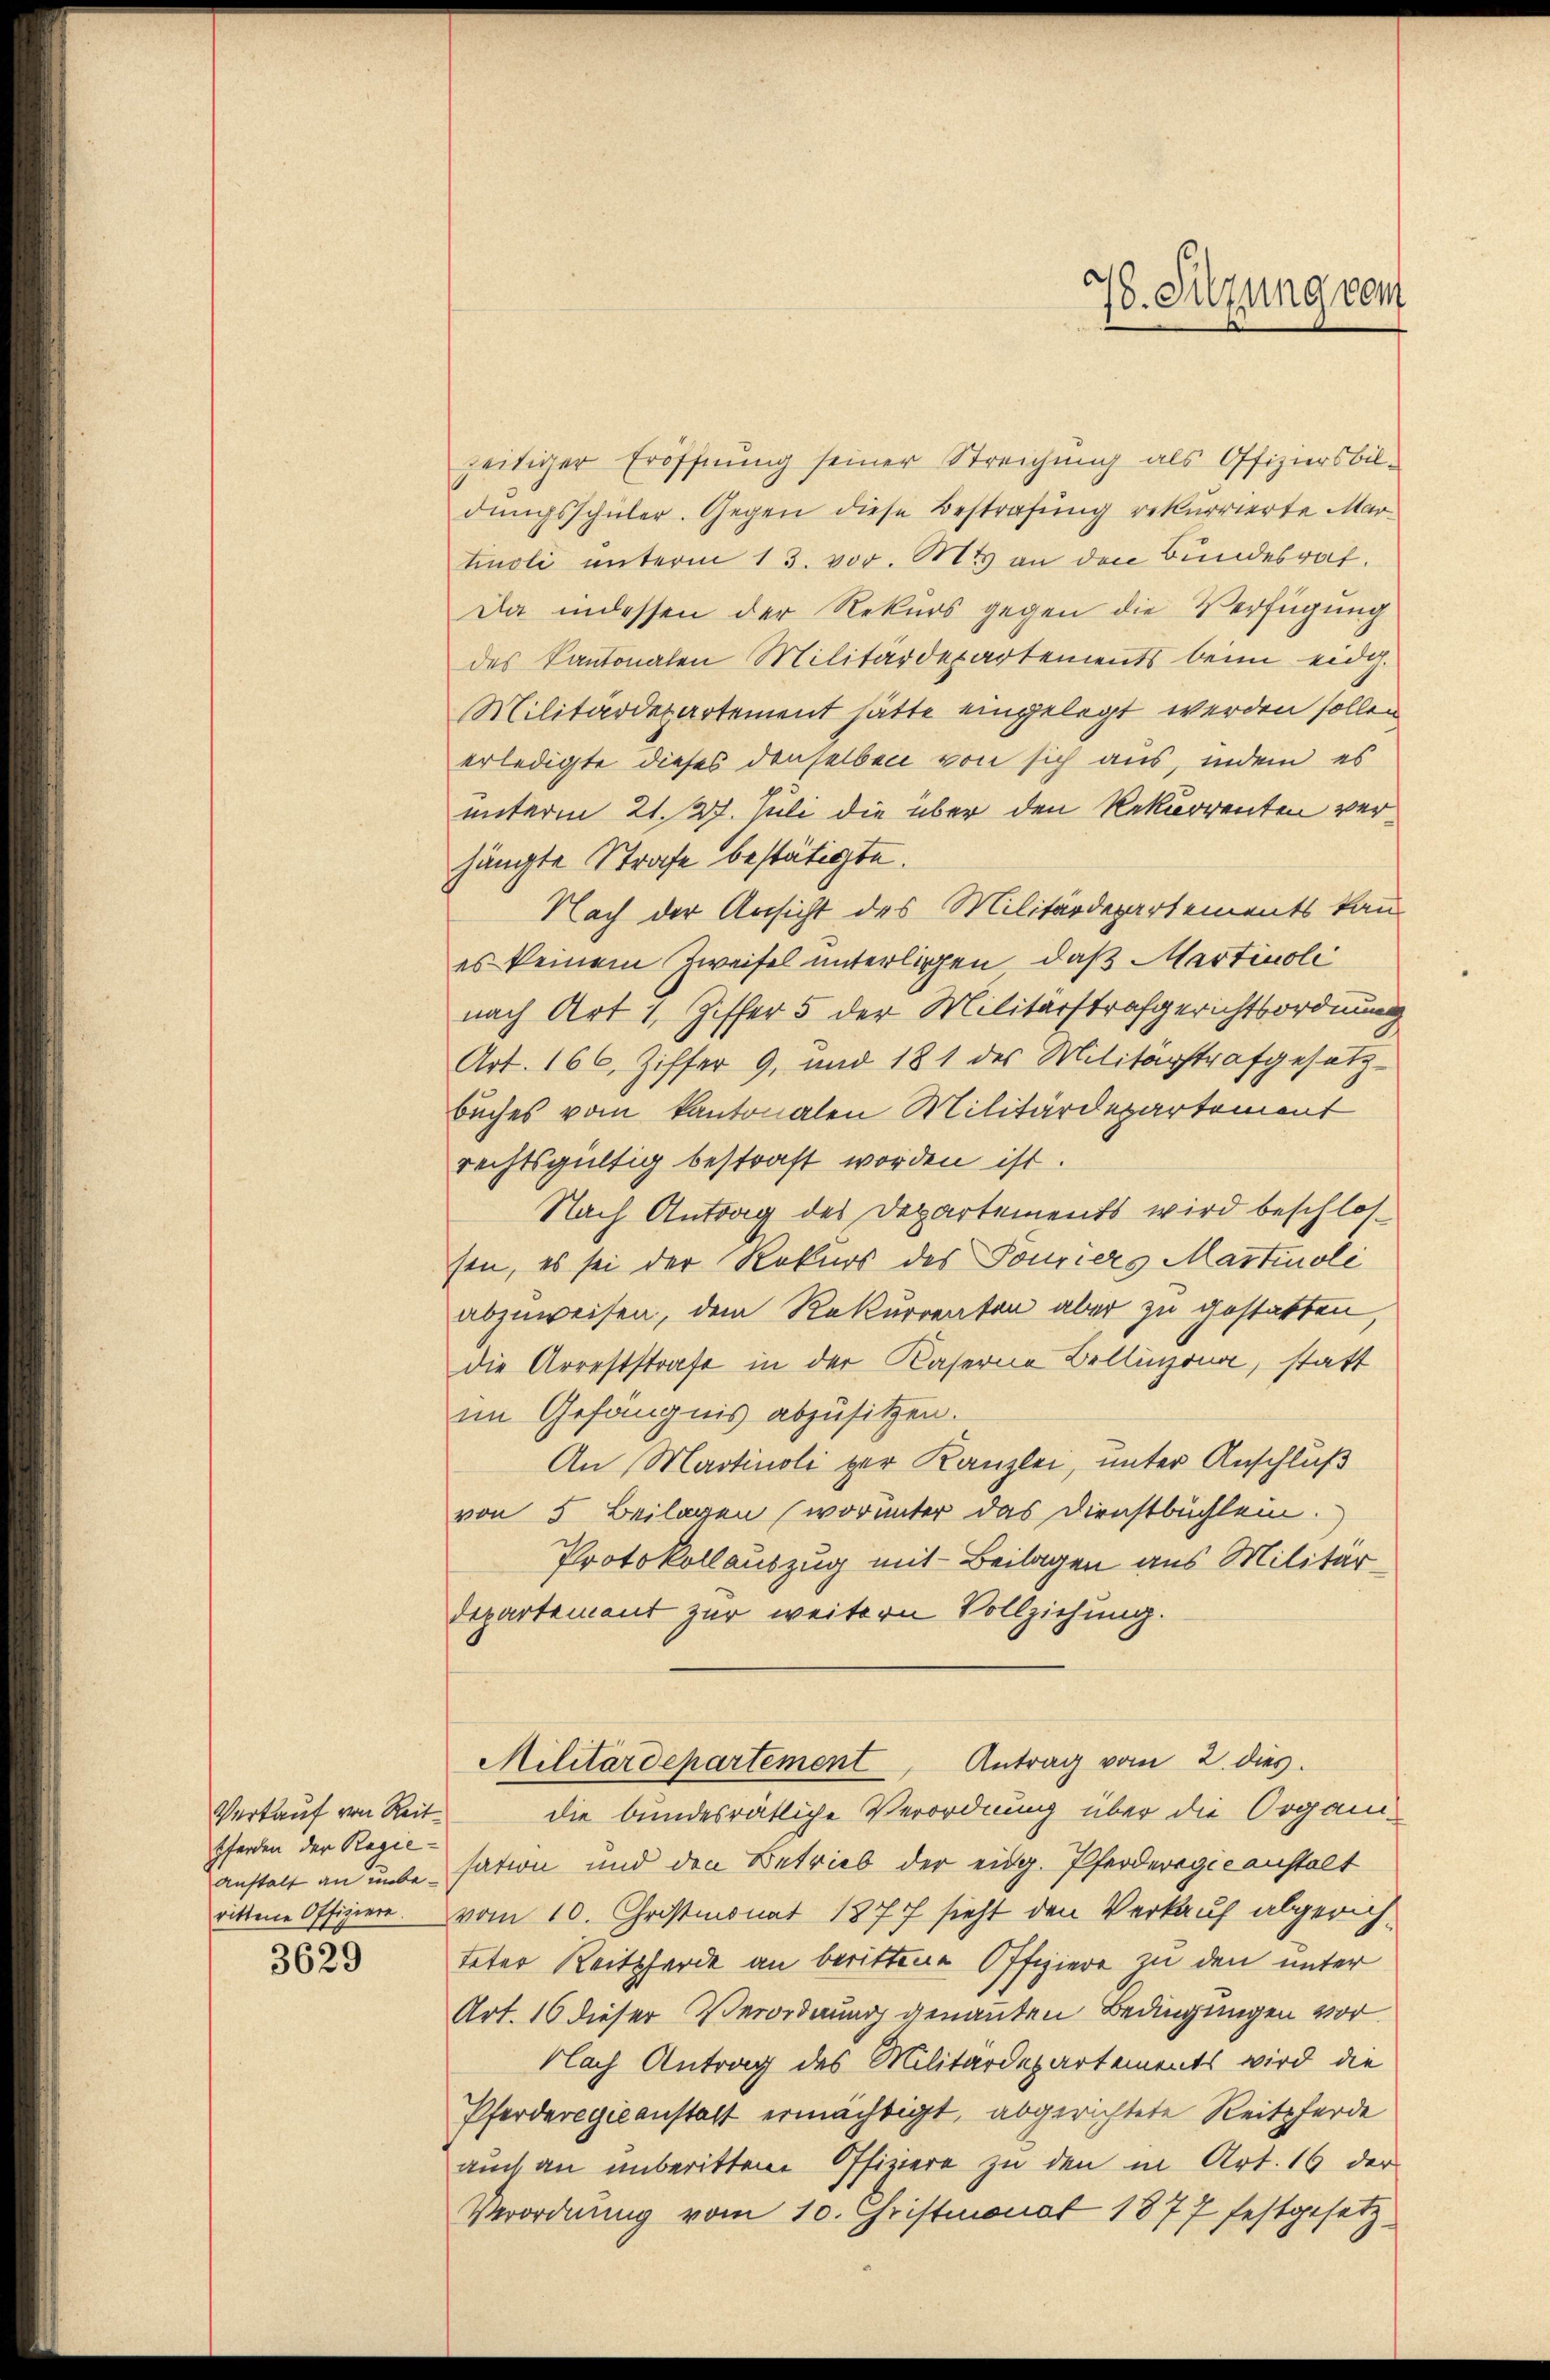
Verkauf von Reit¬
Pferden der Regierittene Offiziere.

3629

zeitiger Eröffnung seiner Streichung als Offiziersbil-
dungsschüler. Gegen diese Bestrafung rekurrierte Martinoli ŭnterm 13. vor. Mts. an den Bundesrat.
Da indessen der Rekurs gegen die Verfügung
des Kantonalen Militärdepartements beim eidg.
Militärdepartement hätte eingelegt werden sollen
erledigte dieses denselben von sich aus, indem es
unterm 21. 27. Juli die über den Rekurrenten verhängte Strafe bestätigte.
Nach der Ansicht des Militärdepartements kan-
es keinem Zweifel unterligen, daß Martinoli
nach Art 1, Ziffer 5 der Militärstrafgerichtsordnung
Art. 166, Ziffer 9. und 181 des Militärstrafgesetzbuches vom kantonalen Militärdepartement
rechtsgültig bestraft worden ist.
Nach Antrag des Departements wird beschlossen, es sei der Rekurs des Touriers Martinoli
abzuweisen, dem Rekurrenten aber zu gestatten,
die Arreststrafe in der Kaserne Belligen, statt
im Gefängnis abzusitzen.
An Martinoli zur Kanzlei, unter Anschluß
von 5 Beilagen (worunter das Dienstbüchlein.
Protokollauszug mit Beilagen aus Militär¬
Departement zur weitern Vollziehung.
Militärdepartement Antrag vom 2. dies
die bundesrätliche Verordnung über die Organi-
anstalt an unde sation und den Betrieb der eidg. Pferderegicanstalt
vom 10. Christmonat 1877 sieht den Verkauf abgerichteter Reitpferde an berittene Offiziere zu den unter
Art. 16 dieser Verordnung genannten Bedingungen vor.
Nach Antrag des Militärdepartements wird die
Pferderegieanstatt ermächtigt, abgerichtete Reitpferde
auch an unberittene Offiziere zu den in Art. 16 der
Verordnung vom 10. Christmonat 1877 festgesetz¬

78. Sitzung vom